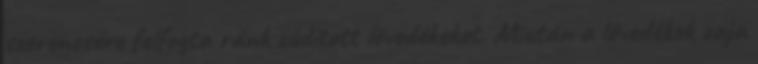
szerencsére felfogta ránk zúdított lövedékeket. Miután a lövedékek zaja